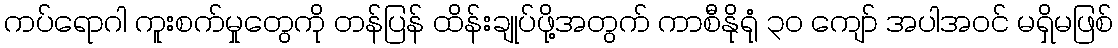
ကပ်ရောဂါ ကူးစက်မှုတွေကို တန်ပြန် ထိန်းချုပ်ဖို့အတွက် ကာစီနိုရုံ ၃၀ ကျော် အပါအဝင် မရှိမဖြစ်